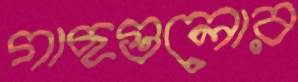
গাছগুলোর